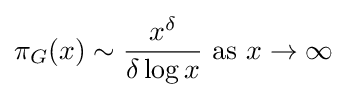
\pi _{G}(x)\sim {\frac {x^{\delta }}{\delta \log x}}{\mbox{ as }}x\rightarrow \infty